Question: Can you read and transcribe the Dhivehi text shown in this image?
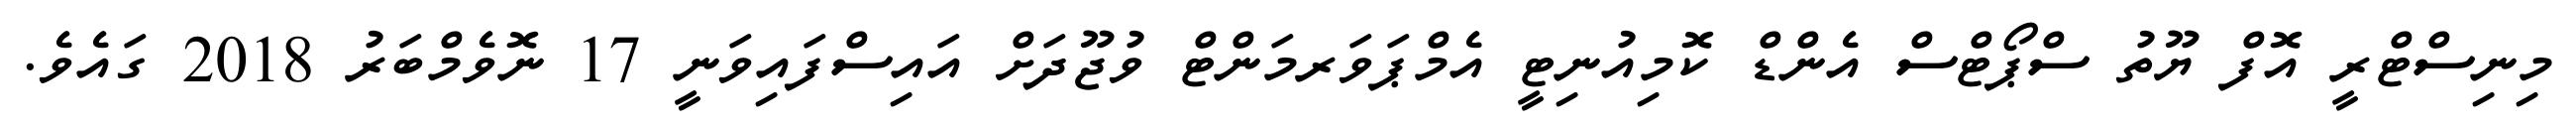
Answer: މިނިސްޓްރީ އޮފް ޔޫތު ސްޕޯޓްސް އެންޑް ކޮމިއުނިޓީ އެމްޕަވަރމަންޓް ވުޖޫދަށް އައިސްފައިވަނީ 17 ނޮވެމްބަރު 2018 ގައެވެ.